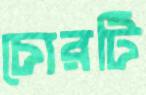
চোরটি